Senior Leaving Certificate Examination (including Day School Certificate (Higher) General paper), 1950
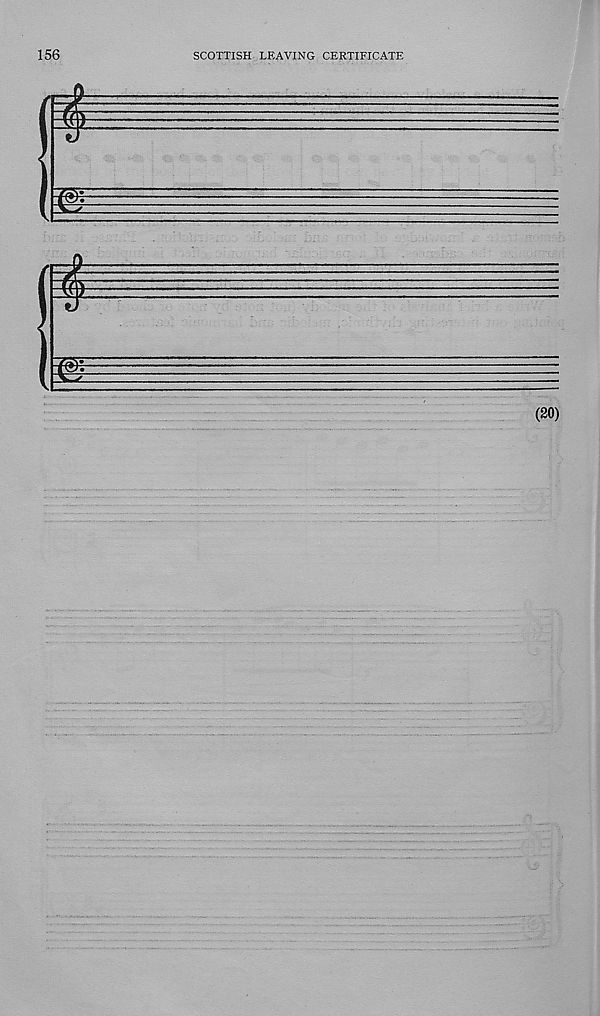
156
SCOTTISH LEAVING CERTIFICATE
(20)